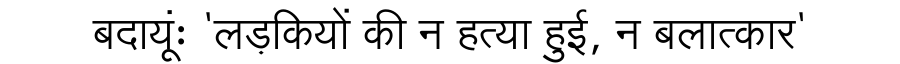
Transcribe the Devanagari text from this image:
बदायूंः 'लड़कियों की न हत्या हुई, न बलात्कार'